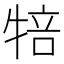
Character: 犃